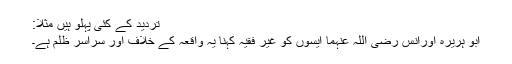
تردید کے کئی پہلو ہیں مثلاً:
ابو ہریرہ اورانس رضی اللہ عنہما ایسوں کو غیر فقیہ کہنا یہ واقعہ کے خلاف اور سراسر ظلم ہے۔